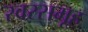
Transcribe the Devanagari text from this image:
स्वरसमूह